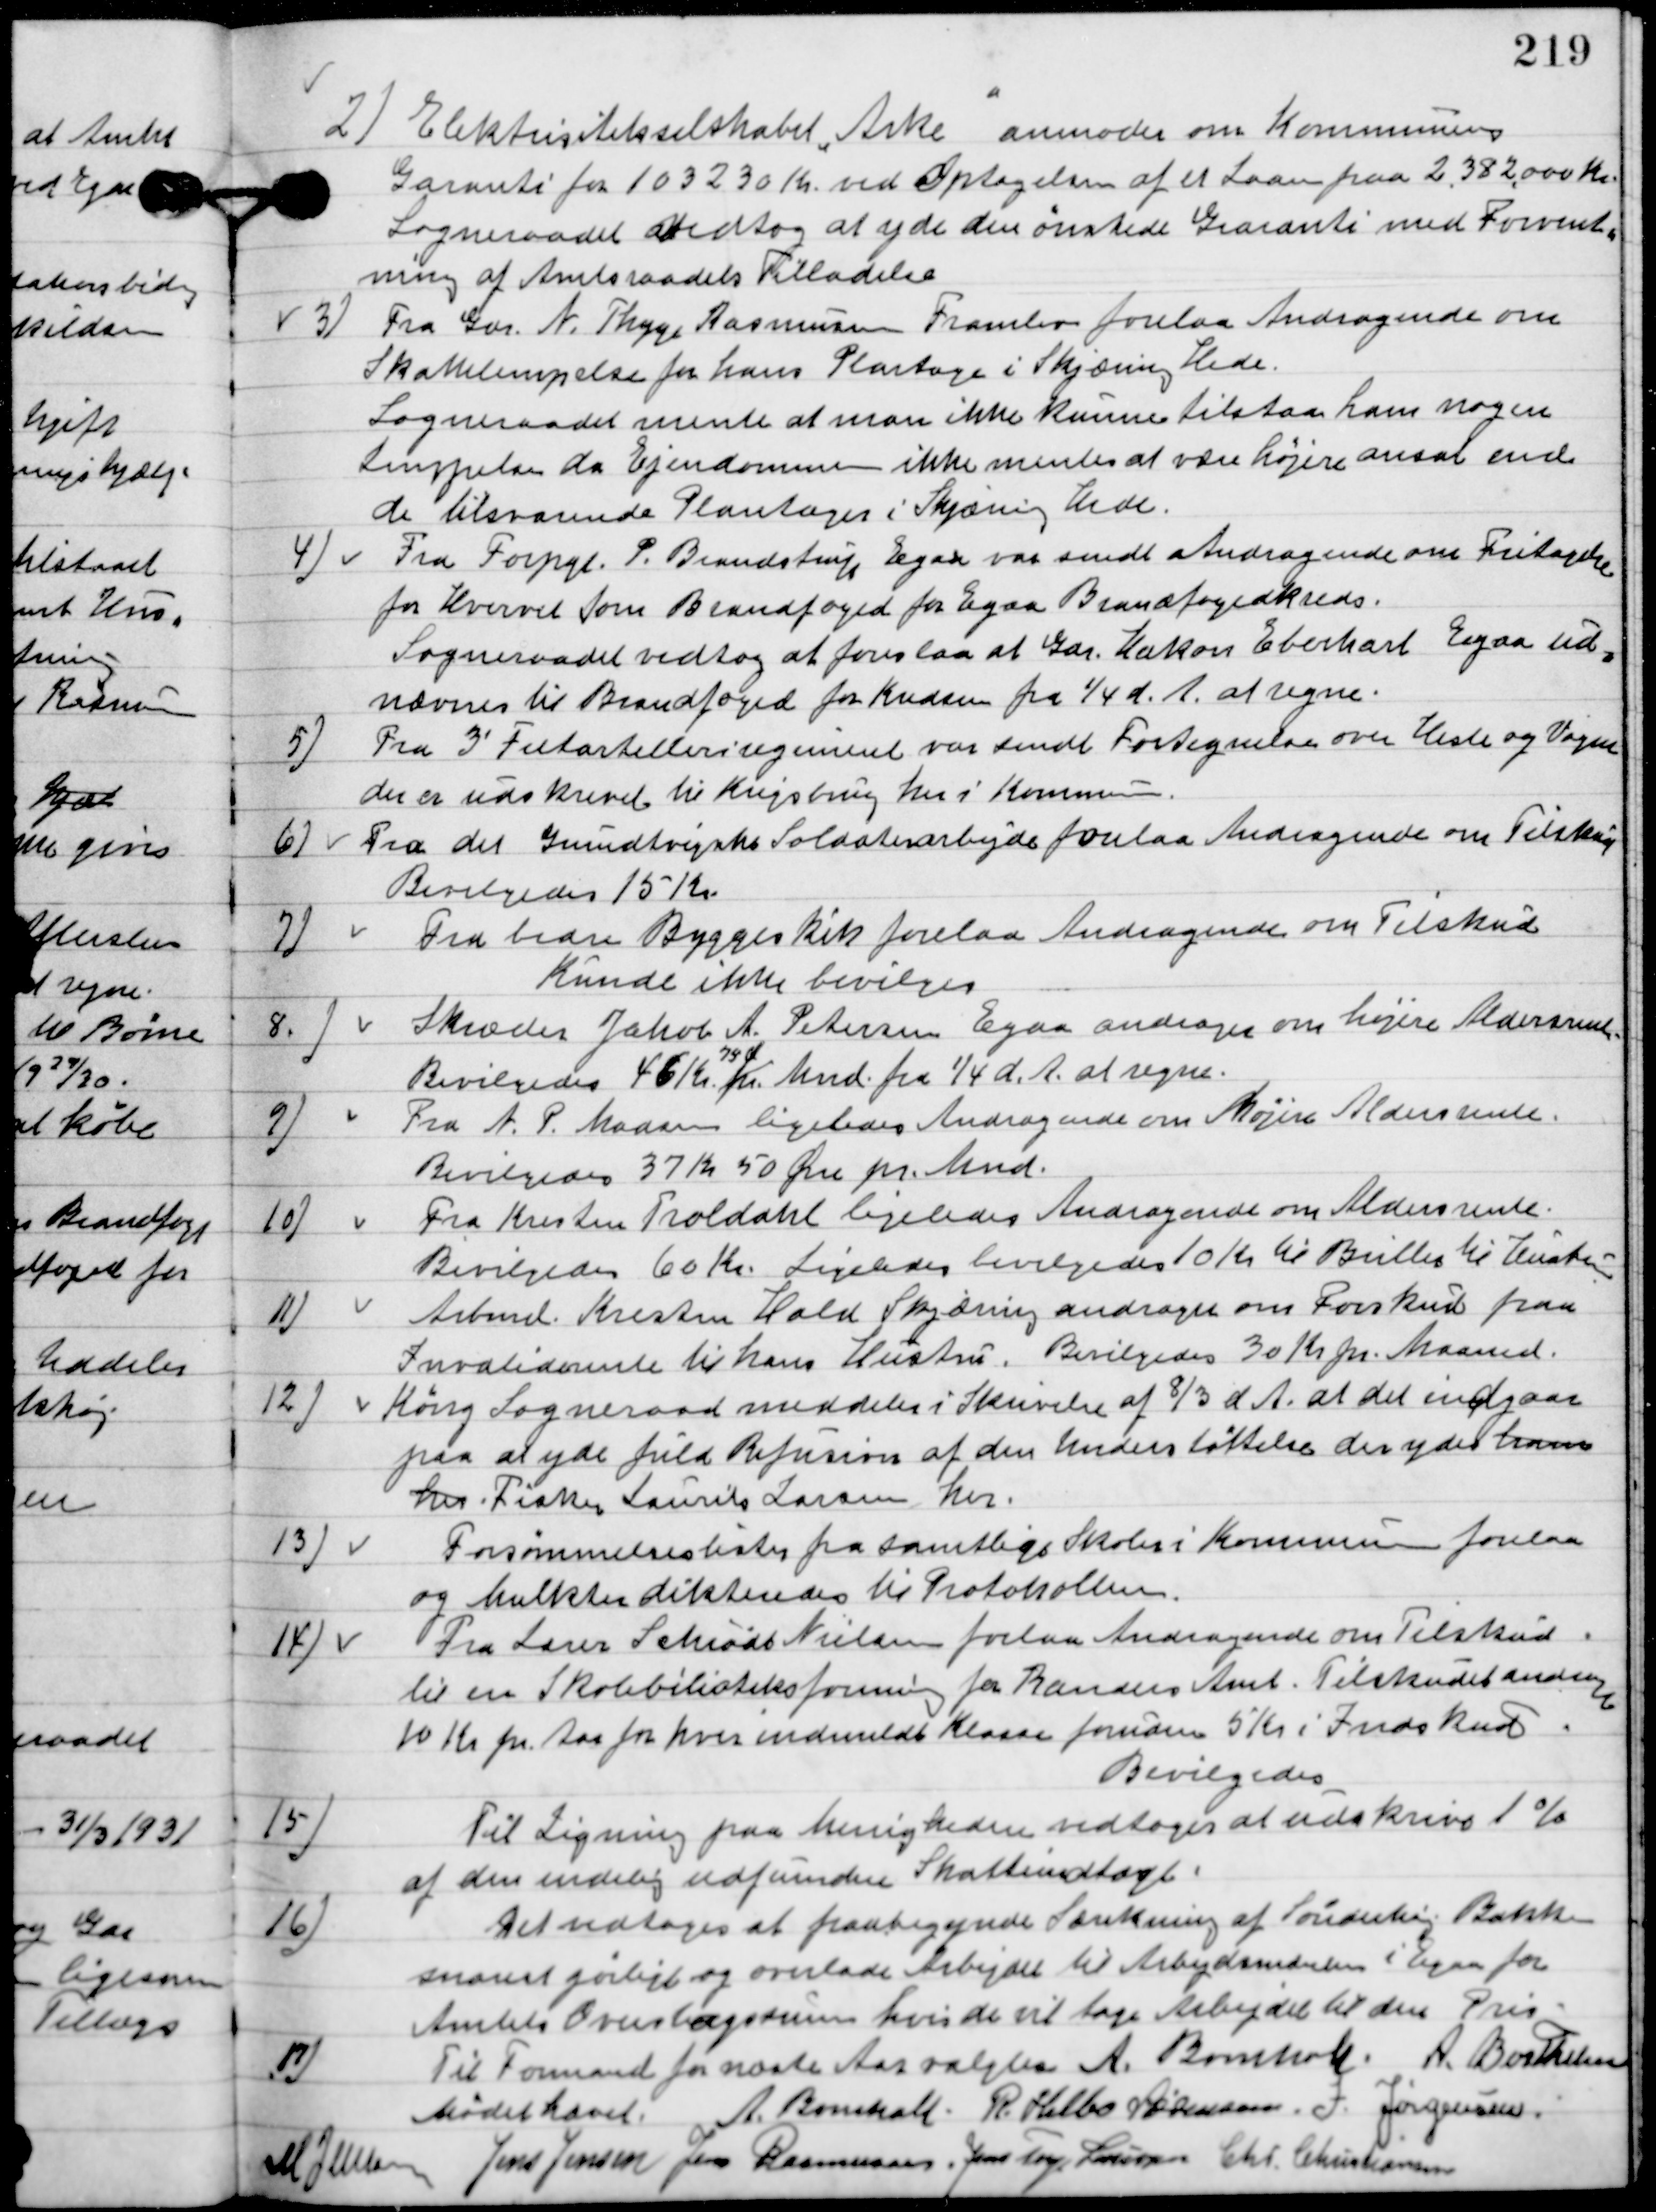
Transskription:
2

Elektricitetsselskabet ”Arke” anmoder om Kommunens
Garanti for 103230 Kr. ved Optagelsen af et Laan paa 2.382.000 Kr.
Sogneraadet vedtog at yde den ønskede Garanti med forventning
af Amtsraadets Tilladelse.

3

Fra Gdr. N. Thyge Rasmussen Framlev forelaa Andragende om
Skattelempelse for hans Plantage i Skjæring Hede.
Sogneraadet mente at man ikke kunne tillade ham nogen
Lempelse da Ejendommen ikke mentes at være højere ansat end
de tilstødende Plantager i Skjærring hede.

4

Fra Forpgt. P. Brandstrup Egaa var sendt andragende om Fritagelse
for hvervet som Brandfoged for Egaa Brandfogedkreds.
Sogneraadet vedtog at foreslaa at Gdr. Hakon Eberhardt Egaa ud-
nævnes til brandfoged for Knudsen fra 1/4 d. A. at regne.

5

Fra 3´ Feltartilleriregiment var sendt Fortegnelse om Heste og Vogne
der er udskrevet til Krigsbrug her i Kommunen.

6

Fra det Grundtvigianske Soldaterarbejde forelaa andragende om Tilskud
Bevilgedes 15 Kr.

7

Fra bedre Byggeskik forelaa Andragende om tilskud
Kunde ikke bevilges.

8

Skræder Jakob A. Petersen Egaa andrager om højere aldersrente.
Bevilgedes 46 Kr.
79 Ø .
pr. Mnd. Fra 1/4 d. A. at regne

9

Fra A.P. Madsen ligeledes Andragende om højere aldersrente.
Bevilgedes 37 Kr. 50 Øre pr. Mnd.

10

Fra Kristine Troldahl ligeledes Andragende om Aldersrente. 
Bevilgedes 60 Kr. Ligeledes bevilgedes 10 Kr. til Briller til Ilustr

11

Arbmd. Kresten Hald Skjæring andrager om Forskud paa
Invaliderente til hans hustru.
Bevilgedes 30 Kr. pr. maaned.

12

Køng Sogneraad meddeler i Skrivelse af 8/3 d. A. at det indgaar
paa at yde fuld Refusion af den understøttelse der ydes ham
Fisker Laurits Larsen her.

13

Forsømmelseslisterne for samtlige Skoler i Kommunen forelaa
og Mulkter dikteredes til Protokollen.

14

Fra Lars Schødt Nielsen forelaa andragende om Tilskud
til en Skolebiblioteksforening for Randers Amt. Tilskuddet andrager
10 Kr. pr. Aar for hver indmeldt Klasse foruden 5 Kr. Indskud.
Bevilgedes.

15

Til Ligning paa menigheden vedtoges at udskrive 1 % 
af den endelig udfundne skatteindtægt.

16

Det vedtoges at paabegynde sænkning af Sønderhøj Bakken
snarest gørlig og overlade Arbejdet til Arbejdsmændene I Egaa for
Amtets Overtagelse hvis de vil tage Arbejdet til den Pris.

17

17.	Til Formanden for næste Aar Valgtes A. Bomholt,

Mødet hævet.

A. Berthelsen
A. Bomholt
R. Helbo Sørensen
I. Jørgensen
M. Jensen
Jens Jensen
Jens Rasmussen
Jens Terp Laursen
Chr. Christiansen